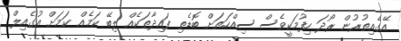
އޭގެއިތުރުން ރޯދަ ހިފުމަކީވެސް ސިއްހަތަށް ބޮޑެތި ފައިދާތަކެއް ލިބޭ ކަމެއް ކަަމަށް އުގެއިލް